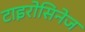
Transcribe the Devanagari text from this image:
टाइरोसिनेज